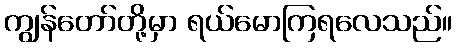
ကျွန်တော်တို့မှာ ရယ်မောကြရလေသည်။